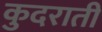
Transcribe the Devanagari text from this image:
कुदराती